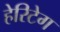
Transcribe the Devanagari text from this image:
हेरिटेग